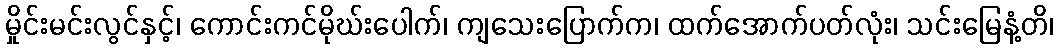
မှိုင်းမင်းလွင်နှင့်၊ ကောင်းကင်မိုဃ်းပေါက်၊ ကျသေးပြောက်က၊ ထက်အောက်ပတ်လုံး၊ သင်းမြေနံ့တိ၊